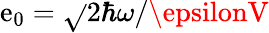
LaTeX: \mathrm{e}_{0}=\sqrt{}{{2\hbar\omega/\epsilonV}}